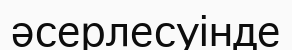
әсерлесуінде